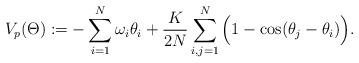
LaTeX: \begin{align*} V_p(\Theta) :=-\sum_{i=1}^N\omega_i \theta_i+\frac{K}{2N}\sum_{i, j=1}^N \Big(1-\cos(\theta_j-\theta_i) \Big). \end{align*}